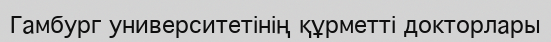
Гамбург университетінің құрметті докторлары